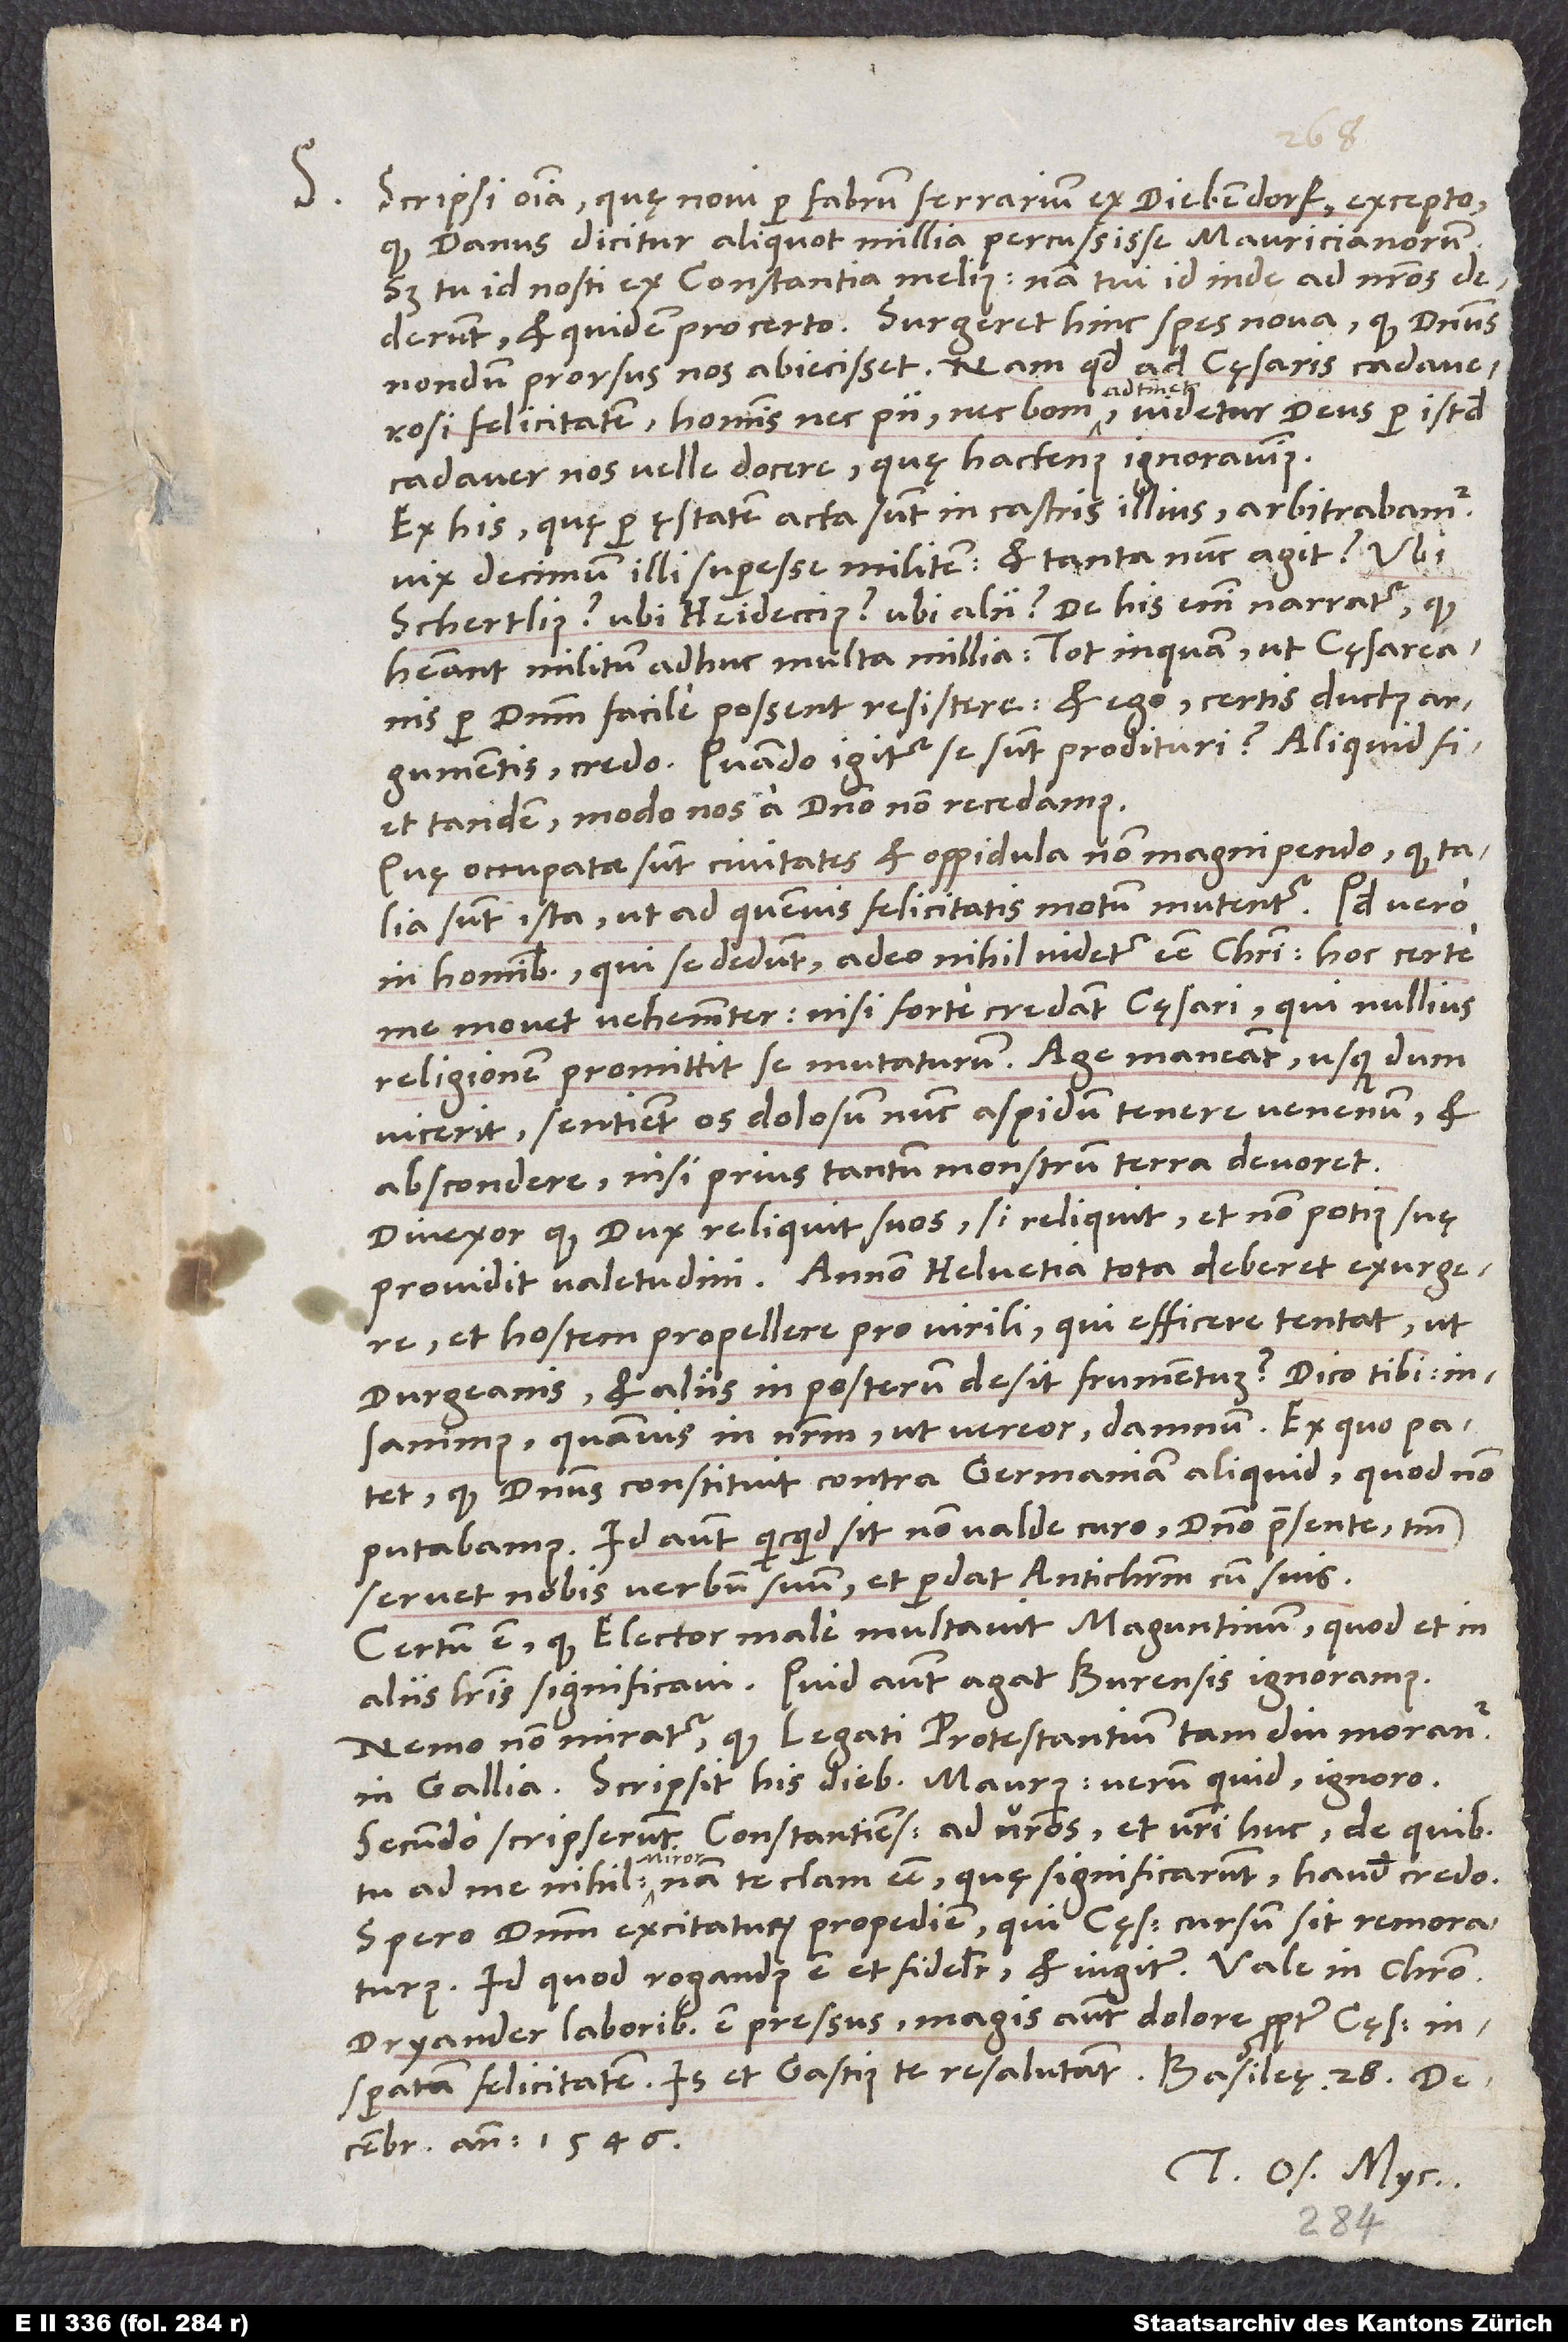
S. Scripsi omnia, quę novi, per fabrum ferrarium ex Diebendorf excepto,
quod Danus dicitur aliquot millia percussisse Mauricianorum.
Sed tu id nosti ex Constantia melius, nam tui id inde ad nostros
dederunt et quidem pro certo. Surgeret hinc spes nova, quod Danus
nondum prorsus nos abiecisset. Nam quod ad cęsaris cadaverosi
felicitatem, hominis nec pii nec boni, adtinet, videtur deus per istud
cadaver nos velle docere, quę hactenus ignoravimus.
Ex his, quę per ęstatem acta sunt in castris illius, arbitrabamur
vix decimum illi superesse militem; et tanta nunc agit! Ubi
Schertlius? Ubi Heideccius? Ubi alii? De his enim narratur, quod
habeant militum adhuc multa millia; tot, inquam, ut cęsareanis
per dominum facile possent resistere. Et ego certis ductus
argumentis credo! Quando igitur se sunt prodituri? Aliquid fiet
tandem, modo nos a domino non recedamus.
Quę occupatae sunt civitates et oppidula, non magni pendo, quod talia
sunt ista, ut ad quemvis felicitatis motum mutentur. Quod vero
in hominibus, qui se dedunt, adeo nihil videtur esse Christi, hoc certe
me movet vehementer! Nisi forte credant cęsari, qui nullius
religionem promittit se mutaturum. Age, maneant, usque dum
vicerit! Sentient os dolosum nunc aspidum tenere venenum et
abscondere, nisi prius tantum monstrum terra devoret.
Divexor, quod dux reliquit suos - si reliquit, et non potius suę
providit valetudini. Annon Helvetia tota deberet exurgere
et hostem propellere pro virili, qui efficere tentat, ut
Durgeanis et aliis in posterum desit frumentum? Dico tibi:
Insanimus, quamvis in nostrum, ut vereor, damnum! Ex quo patet,
quod dominus constituit contra Germaniam aliquid, quod non
putabamus. Id autem, quicquid sit, non valde curo domino praesente. Tantum
servet nobis verbum suum et perdat antichristum cum suis!
Certum est, quod elector male multavit Maguntinum, quod et in
aliis literis significavi. Quid autem agat Burensis, ignoramus.
Nemo non miratur, quod legati Protestantium tam diu morantur
in Gallia. Scripsit his diebus Maurus; verum quid, ignoro.
Secundo scripserunt Constantienses ad vestros et vestri huc; de quibus
tu ad me nihil! Miror, nam te clam esse, quę significarunt, haud credo.
Spero dominum excitaturum propediem, qui cęsaris cursum sit remoraturus;
Dryander laboribus est pressus, magis autem dolore propter cęsaris
insperatam felicitatem. Is et Gastius te resalutat. Basileę, 28.
decembris anno 1546.
Tuus Os. Myc.